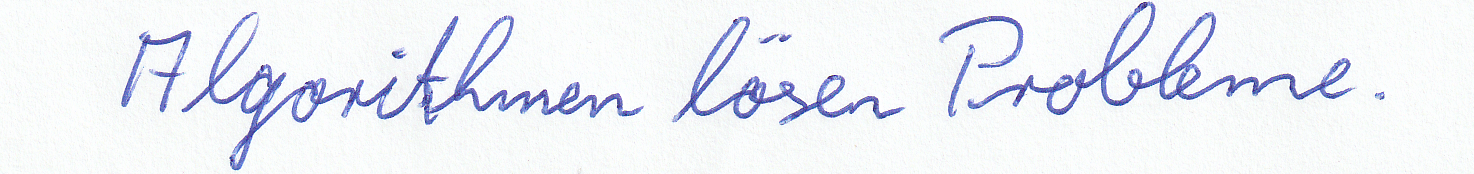
Algorithmen lösen Probleme.